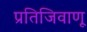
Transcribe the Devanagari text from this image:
प्रतिजिवाणू